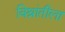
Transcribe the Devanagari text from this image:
विश्रांतीला